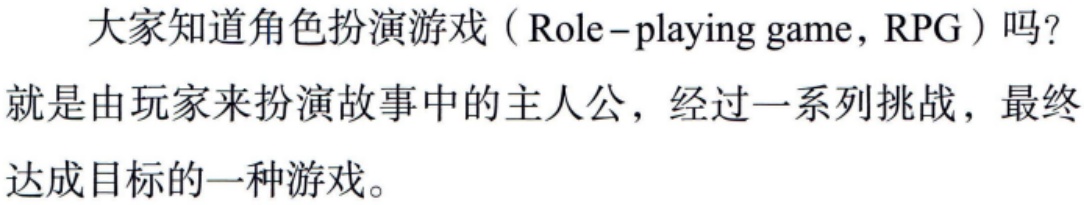
大家知道角色扮演游戏（Role - playing game，RPG）吗？就是由玩家来扮演故事中的主人公，经过一系列挑战，最终达成目标的一种游戏。